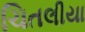
ચિતલીયા